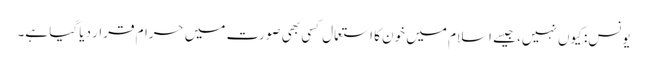
یونس: کیوں نہیں، جیسے اسلام میں خون کا استعمال کسی بھی صورت میں حرام قرار دیا گیا ہے۔